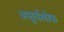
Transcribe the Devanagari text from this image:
असूर्यलोक